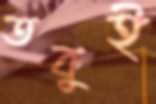
তবুই